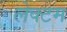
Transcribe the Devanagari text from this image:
लेक्टम